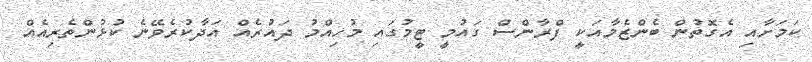
ކަމަށާއި އެގޮތުން ބެންޒެމާއަކީ ފްރާންސް ގައުމީ ޓީމުގައި މުހިއްމު ދައުރެއް އަދާކުރެވޭނެ ކުޅުންތެރިއެއް